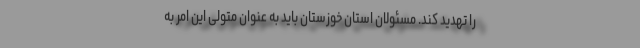
را تهدید کند. مسئولان استان خوزستان باید به عنوان متولی این امر به